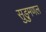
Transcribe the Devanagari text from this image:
सुड़ुमणल